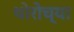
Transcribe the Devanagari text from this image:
थोरोच्या